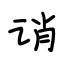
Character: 诮